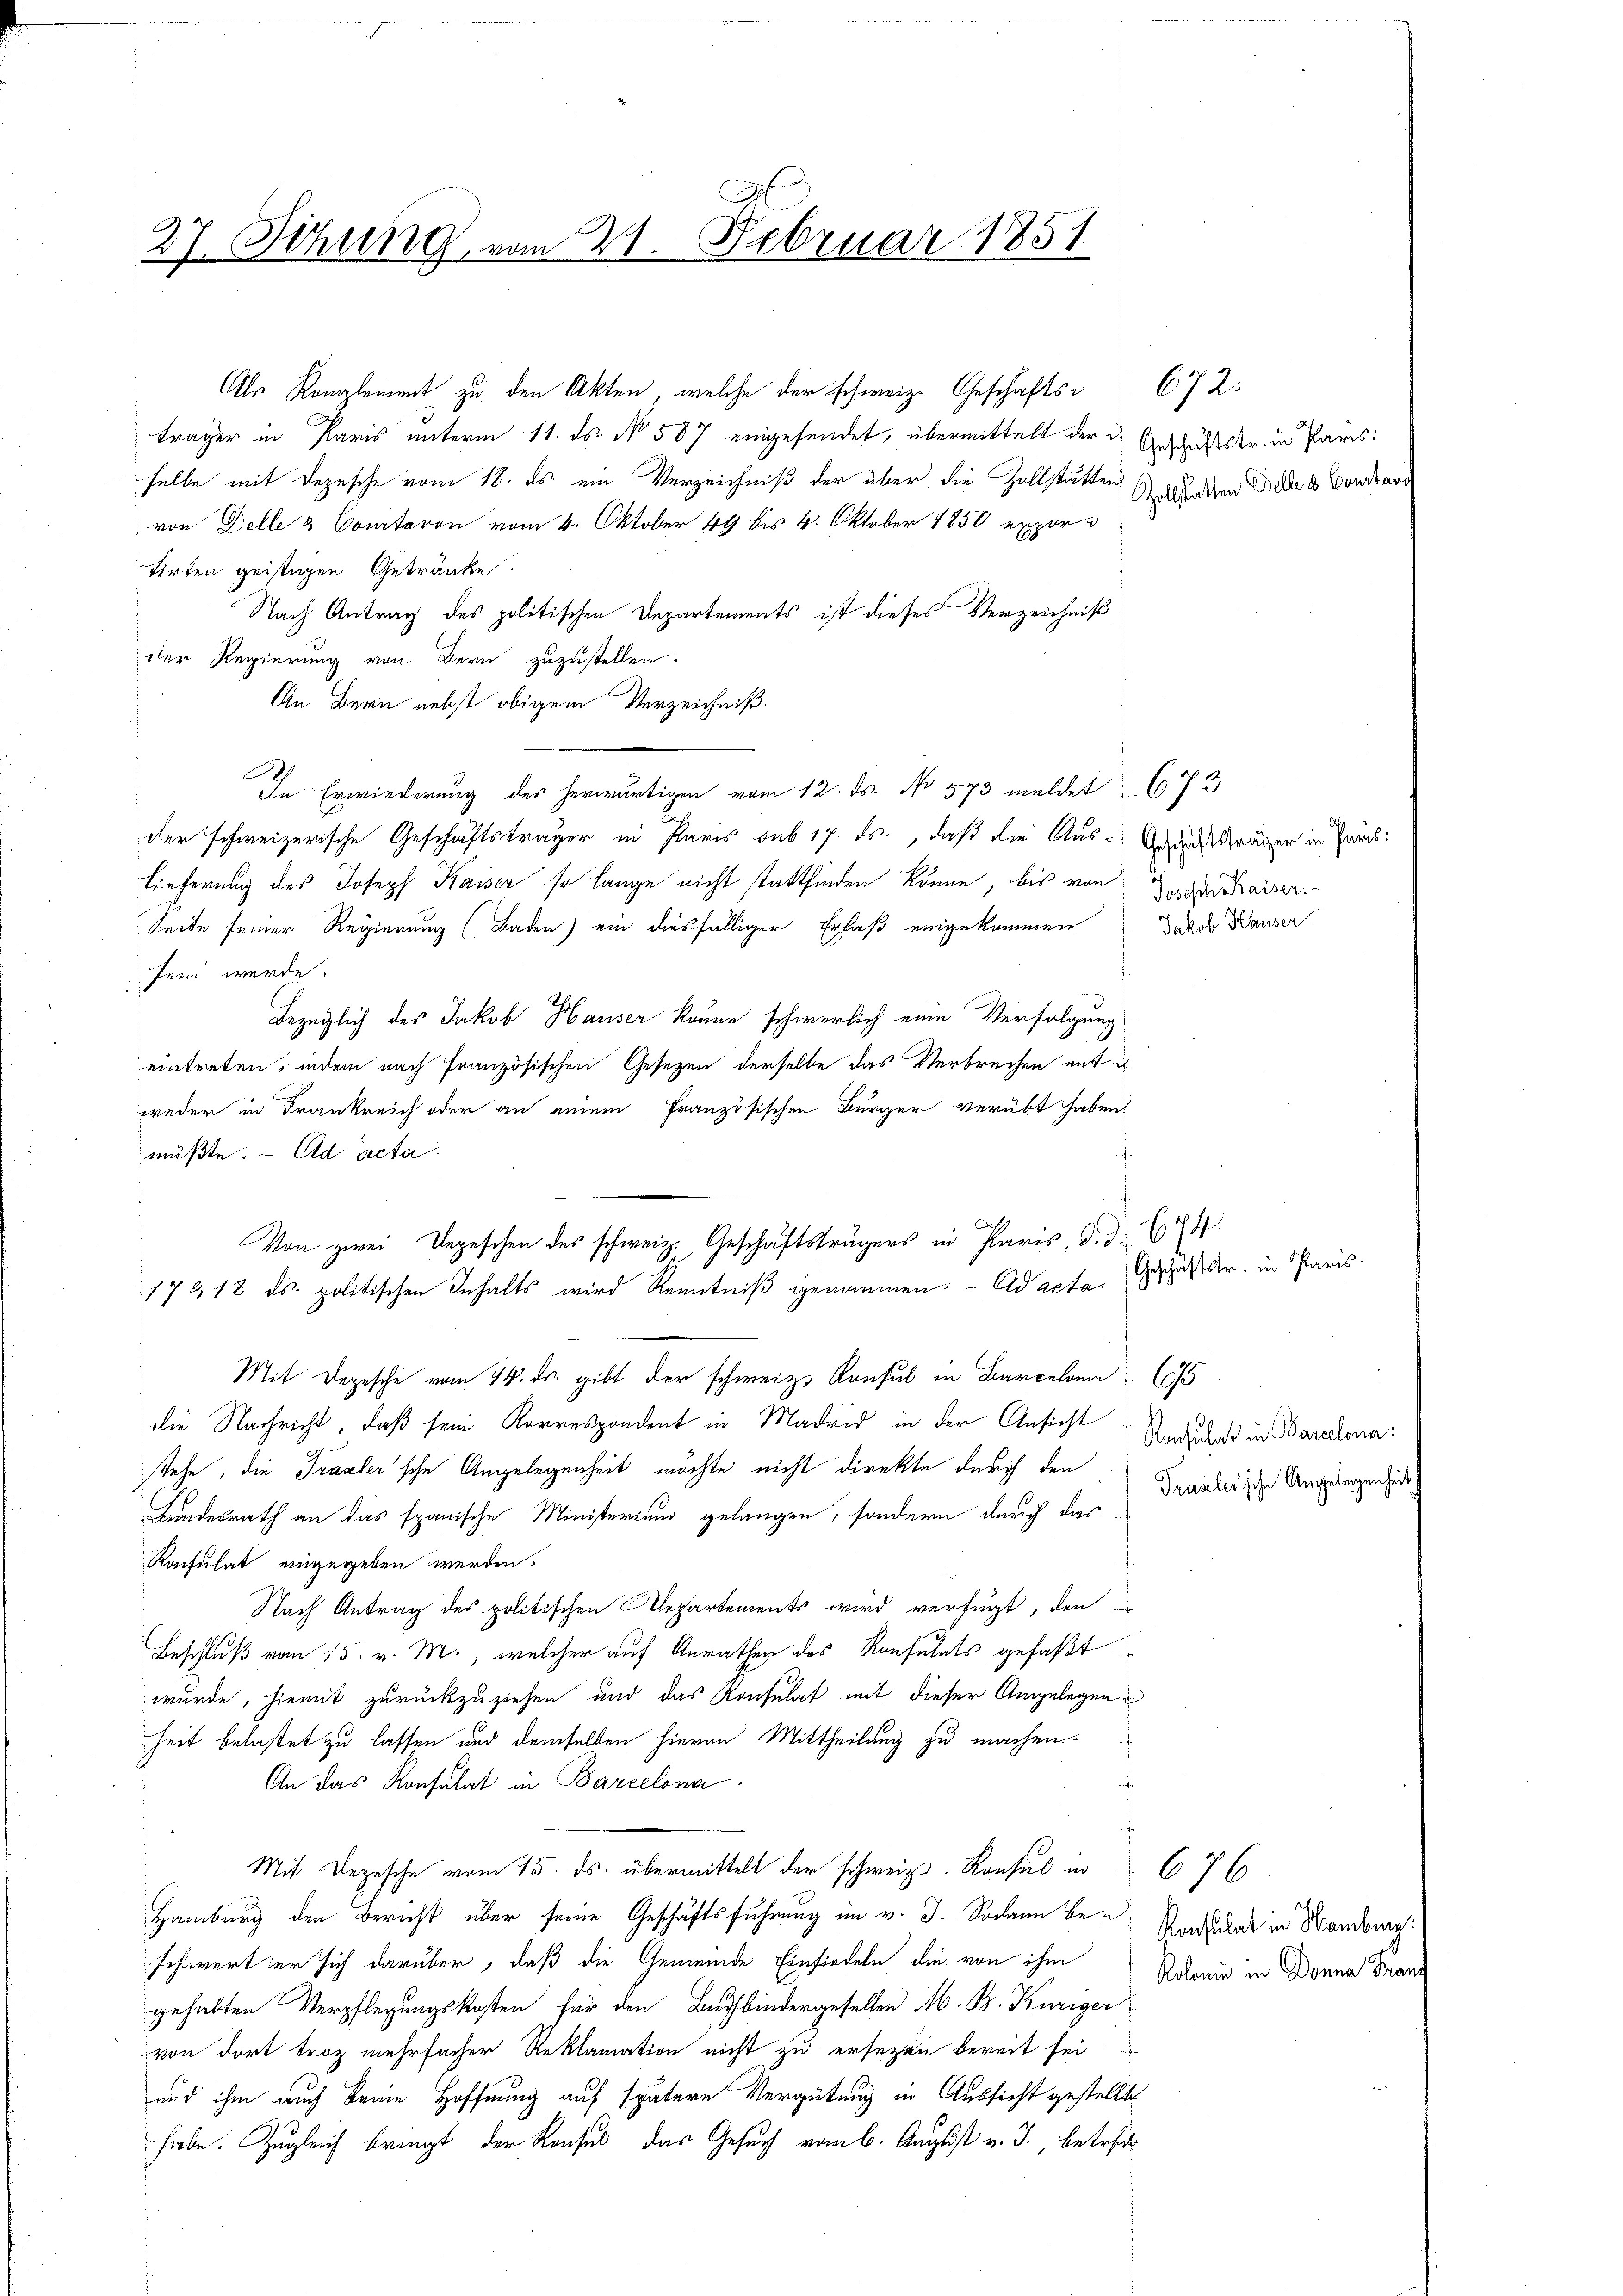
27. Sizung vom 21. Februar 1851

Von zwei Depeschen des schweiz. Geschäftsträgers in Paris, d. d. 674.

Als Kanalemmt zu den Akten, welche der schweiz. Geschäfts- 672.
träger in Paris unterm 11. ds. No. 587 eingesendet, übermittelt der Geschäftskr. in Paris:
selbe mit Depesche vom 18. ds ein Verzeichniß der über die Zollstätten Schaden des Banderg
von Delle & Comtaron vom 4. Oktober 49 bis 4. Oktober 1850 exportirten geistigen Getränke
Nach Antrag des politischen Departements ist dieses Verzeichniß
der Regierung von Bern zuzustellen.
An Bern nebst obigem Verzeichniß.
B
In Erwiederung des herwärtigen vom 12. ds. No 573 meldet 673
der schweizerische Geschäftsträger in Paris sub 17. ds., daß die Aus-Industräger in Fris
Lieferung des Joseph Kaiser so lange nicht stattfinden könne, bis von der Kaiser.
Seite seiner Regierung (Baden) ein diesfälliger Erlaß eingekommen Todes Hauser
sen werde.
Bezüglich des Jakob Hauser könne schwerlich eine Verfolgung
eintreten, indem nach französischen Gesetzen derselbe das Verbrechen mit u.
weder in Frankreich oder an einem französischen Bürger verübt haben.
müßte. - Ad acta.
17 & 18 des politischen Inhalts wird Kenntniß genommen. ad acta. Geschäfter, in Paris
Mit Depesche vom 24. ds. gibt der schweiz. Konsul in Barcelonen (s
die Nachricht, daß sein Korrespondent in Madrid in der Ansicht Und daß in Paradonn
stehe, die Trasler’sche Angelegenheit möchte nicht direkte durch den
Bundesrath an das spanische Ministerium gelangen, sondern durch das
Konsulat eingegeben werden.
Nach Antrag des politischen Departements wird verfügt, den
Beschluß vom 15. v. M., welcher auf Anrathen des Konsulats gefaßt
wurde, hiemit zurückzuziehen und das Konsulat mit dieser Angelegen
heit belastet zu lassen und demselben hievon Mittheilung zu machen.
An das Konsulat in Barcelona
Mit Depesche vom 15. ds. übermittelt der schweiz. Konsul in 676
Hamburg den Bericht über seine Geschäftsführung im v. J. Sodann beschwert er sich darüber, daß die Gemeinde Einfindeln die von ihm
gehabten Verpflegungskosten für den Buchbindergesellen M. B. Kuriger
von dort troz mehrfacher Reklamation nicht zu ersezen bereit sei
und ihm auch keine Hoffnung auf spätere Vergütung in Aussicht gestellte
habe. Zugleich bringt der Konsul das Gesuch vom 6. August v. J., betrett

Traaler sche Angelegenheit)

Konsulat in Hamburg:
Rolonie in Donna Franz